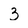
Character: 3